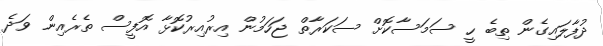
ދުފާލައިގެން ތިބެ ހީ ސަމަސާކޮށް ސަކަރާތް ޖަހަމުން އިރުއިރުކޮޅާ އޮފީސް ތެރެއިން ވަދެ